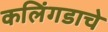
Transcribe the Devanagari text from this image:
कलिंगडाचे